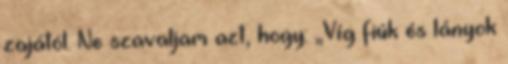
zajától. Ne szavaljam azt, hogy: „Víg fiúk és lányok